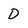
Character: D